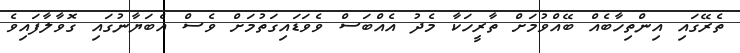
ތެރޭގައި އިންތިހާބެއް ބޭއްވުމަށް ތާރީހަކާ މެދު އެއްބަސް ވެވަޑައިގަތުމަށް ވެސް އެބަޔާނުގައި ގޮވާލާފައިވެ